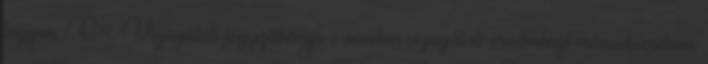
legyen. G.4. Vizsgálati jegyzõkönyv c minden vizsgálati eredményt másodpercben;